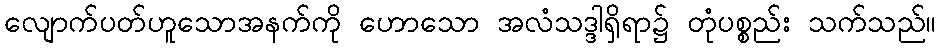
လျောက်ပတ်ဟူသောအနက်ကို ဟောသော အလံသဒ္ဒါရှိရာ၌ တုံပစ္စည်း သက်သည်။